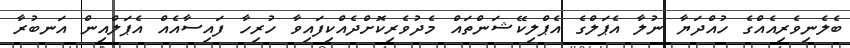
ބެލެނިވެރިއެއްގެ ހުއްދަޔާ ނުލާ އެޕަލްގެ އެޕްލިކޭޝަންތައް މެދުވެރިކޮށްދެއްކިފައިވާ ހުރިހާ ފައިސާއެއް އެޕަލްއިން އަނބުރާ